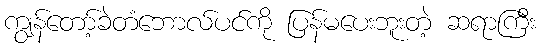
ကျွန်တော့်ခဲတံဘောလ်ပင်ကို ပြန်မပေးဘူးတဲ့ ဆရာကြီး